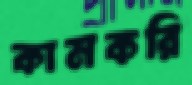
কামকরি